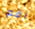
اقم